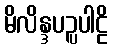
မိလိန္ဒပဉ္ပပါဠိ